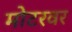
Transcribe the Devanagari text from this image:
मोटरवर